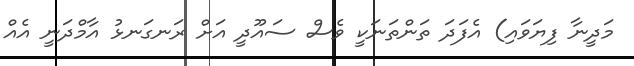
މަދީނާ ފިޔަވައި) އެފަދަ ތަންތަނަކީ ވެސް ސައޫދީ އަށް ރަނގަނޅު އާމްދަނީ އެއް